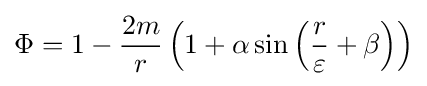
\Phi =1-{\frac {2m}{r}}\left(1+\alpha \sin \left({\frac {r}{\varepsilon }}+\beta \right)\right)